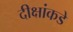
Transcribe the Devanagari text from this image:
दीक्षांकडे